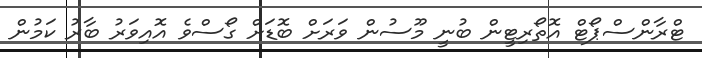
ޓްރާންސްޕޯޓް އޮތޯރިޓީން ބުނީ މޫސުން ވަރަށް ބޮޑަށް ގޯސްވެ އޮއިވަރު ބާރު ކަމުން